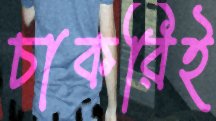
চাকরিই